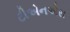
ટીએનએસ